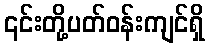
၎င်းတို့ပတ်ဝန်းကျင်ရှိ